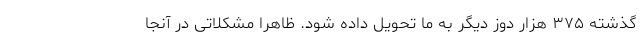
گذشته ۳۷۵ هزار دوز دیگر به ما تحویل داده شود. ظاهرا مشکلاتی در آنجا